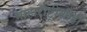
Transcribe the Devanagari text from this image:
माहाराष्ट्रीशीही